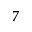
^ { 7 }